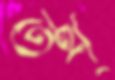
তথ্